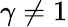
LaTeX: \gamma\neq 1